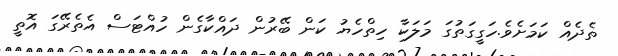
ތެދެއް ކަމަށެވެ.ހަގީގަތުގަ މަލަކާ ހިތްހެޔު ކަން ބޭރުން ދައްކާގެން ހުއްޓަސް އެތެރޭގަ އޮތީ